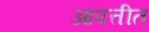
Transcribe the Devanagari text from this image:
आपत्तीत